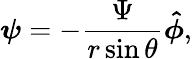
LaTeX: {\boldsymbol{\psi}}=-{\frac{\Psi}{r\sin\theta}}{\boldsymbol{\hat{\phi}}},